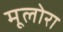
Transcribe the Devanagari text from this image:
मूलोरा